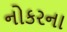
નોકરના